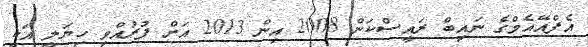
އެފްއޭއެމްގެ ނައިބް ރައީސްކަން 2008 އިން 2013 އަށް ފުރުއްވި ހިޔަލީ އަކީ